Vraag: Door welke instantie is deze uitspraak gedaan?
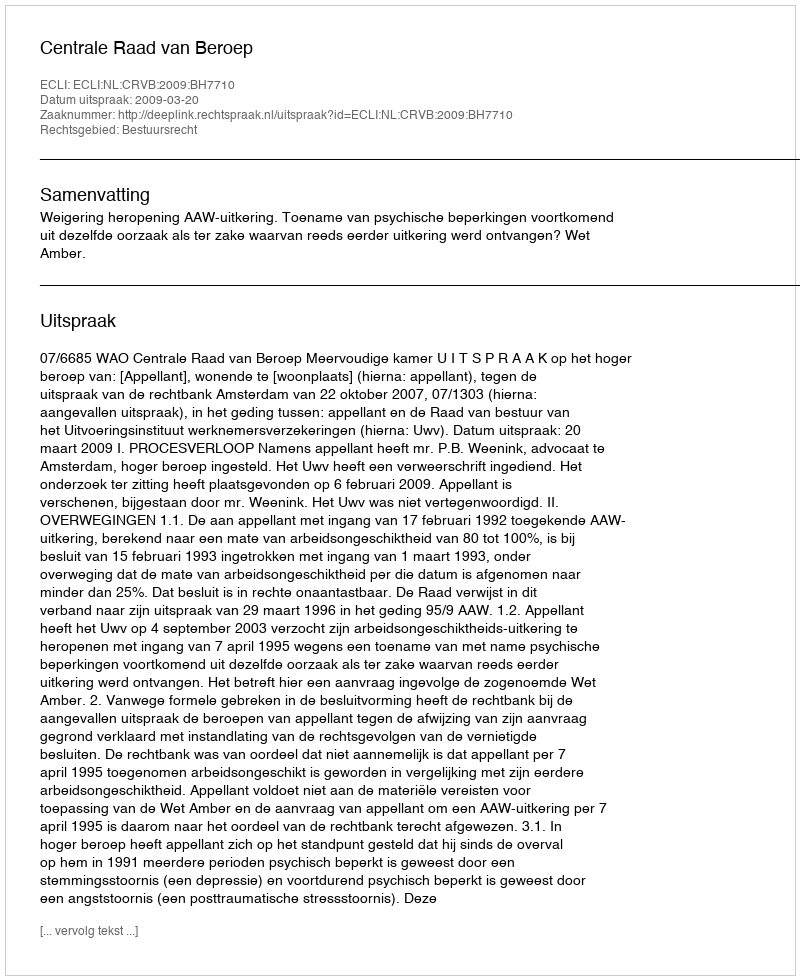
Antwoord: Centrale Raad van Beroep